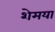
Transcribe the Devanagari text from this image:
शेमया